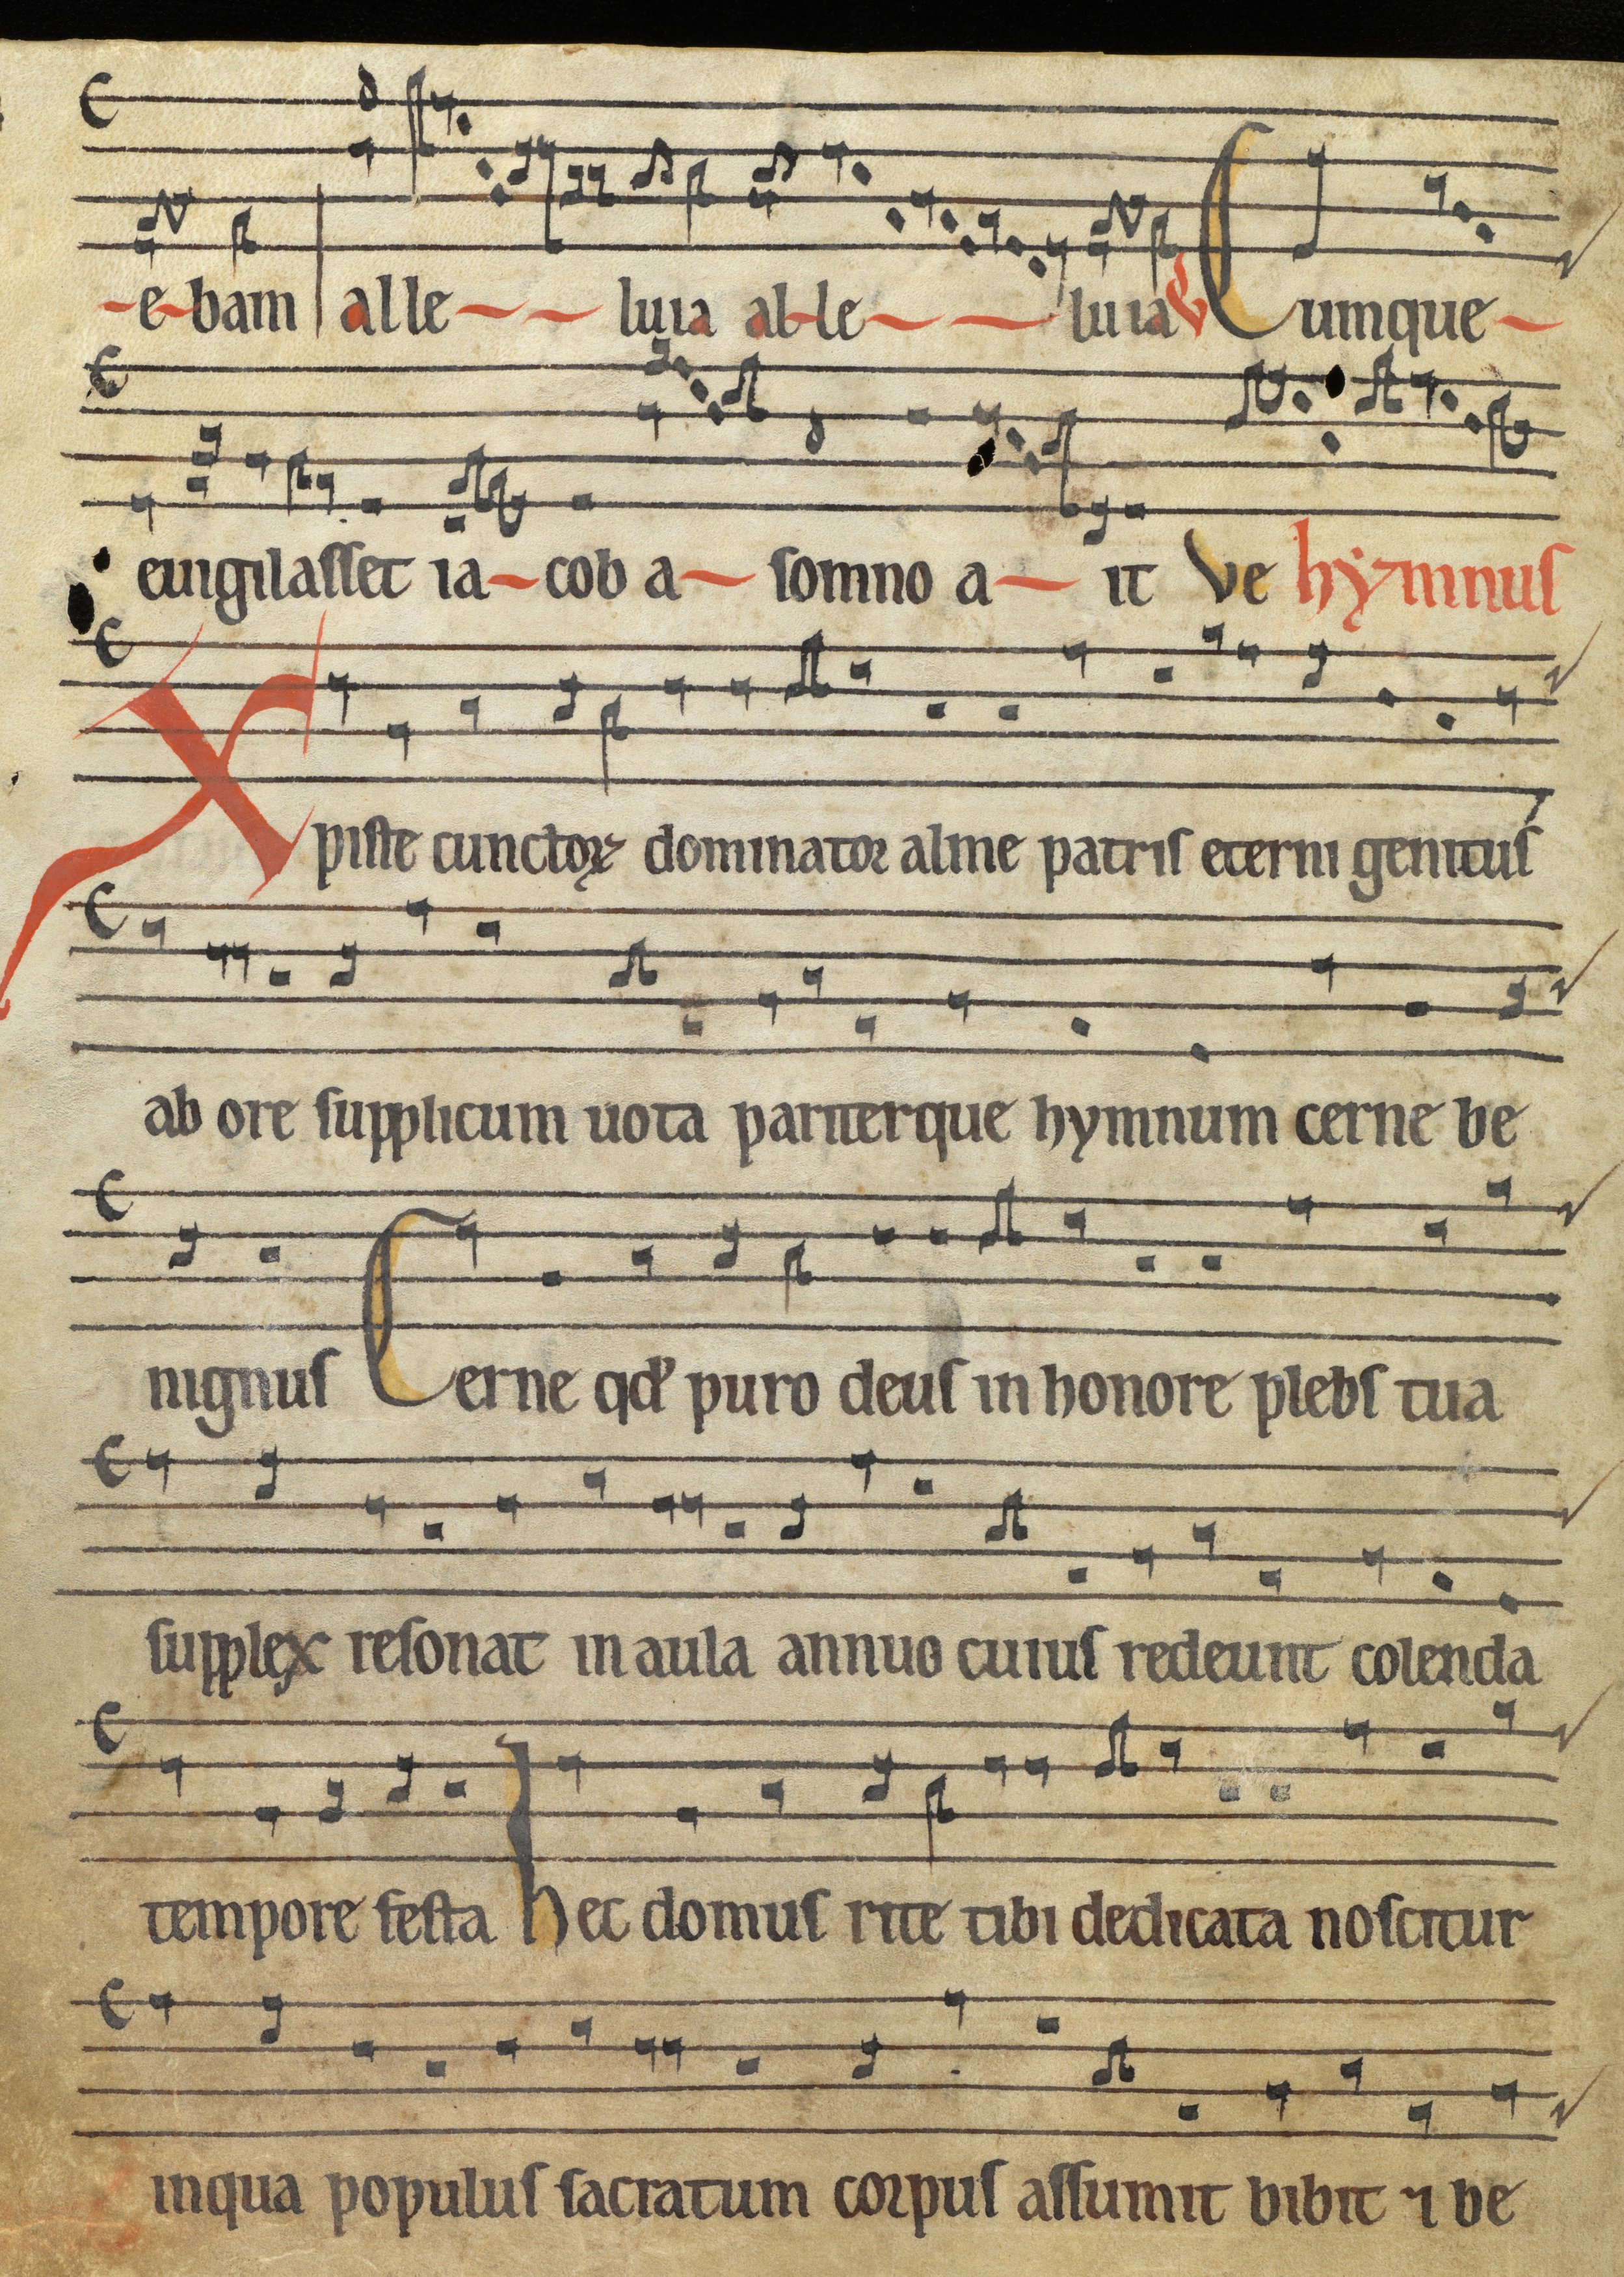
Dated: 1185–1215